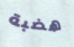
هضبة